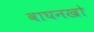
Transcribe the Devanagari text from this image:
वाघनखो